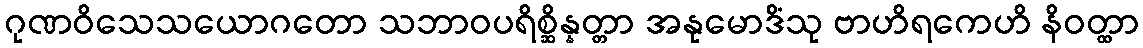
ဂုဏဝိသေသယောဂတော သဘာဝပရိစ္ဆိန္နတ္တာ အနုမောဒိံသု ဗာဟိရကေဟိ နိဝတ္ထာ